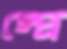
স্প্রে